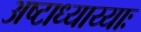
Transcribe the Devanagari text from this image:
अष्टाध्याय्याः